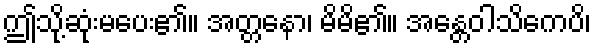
ဤသို့ဆုံးမပေး၏။ အတ္တနော၊ မိမိ၏။ အန္တေဝါသိကေပိ၊